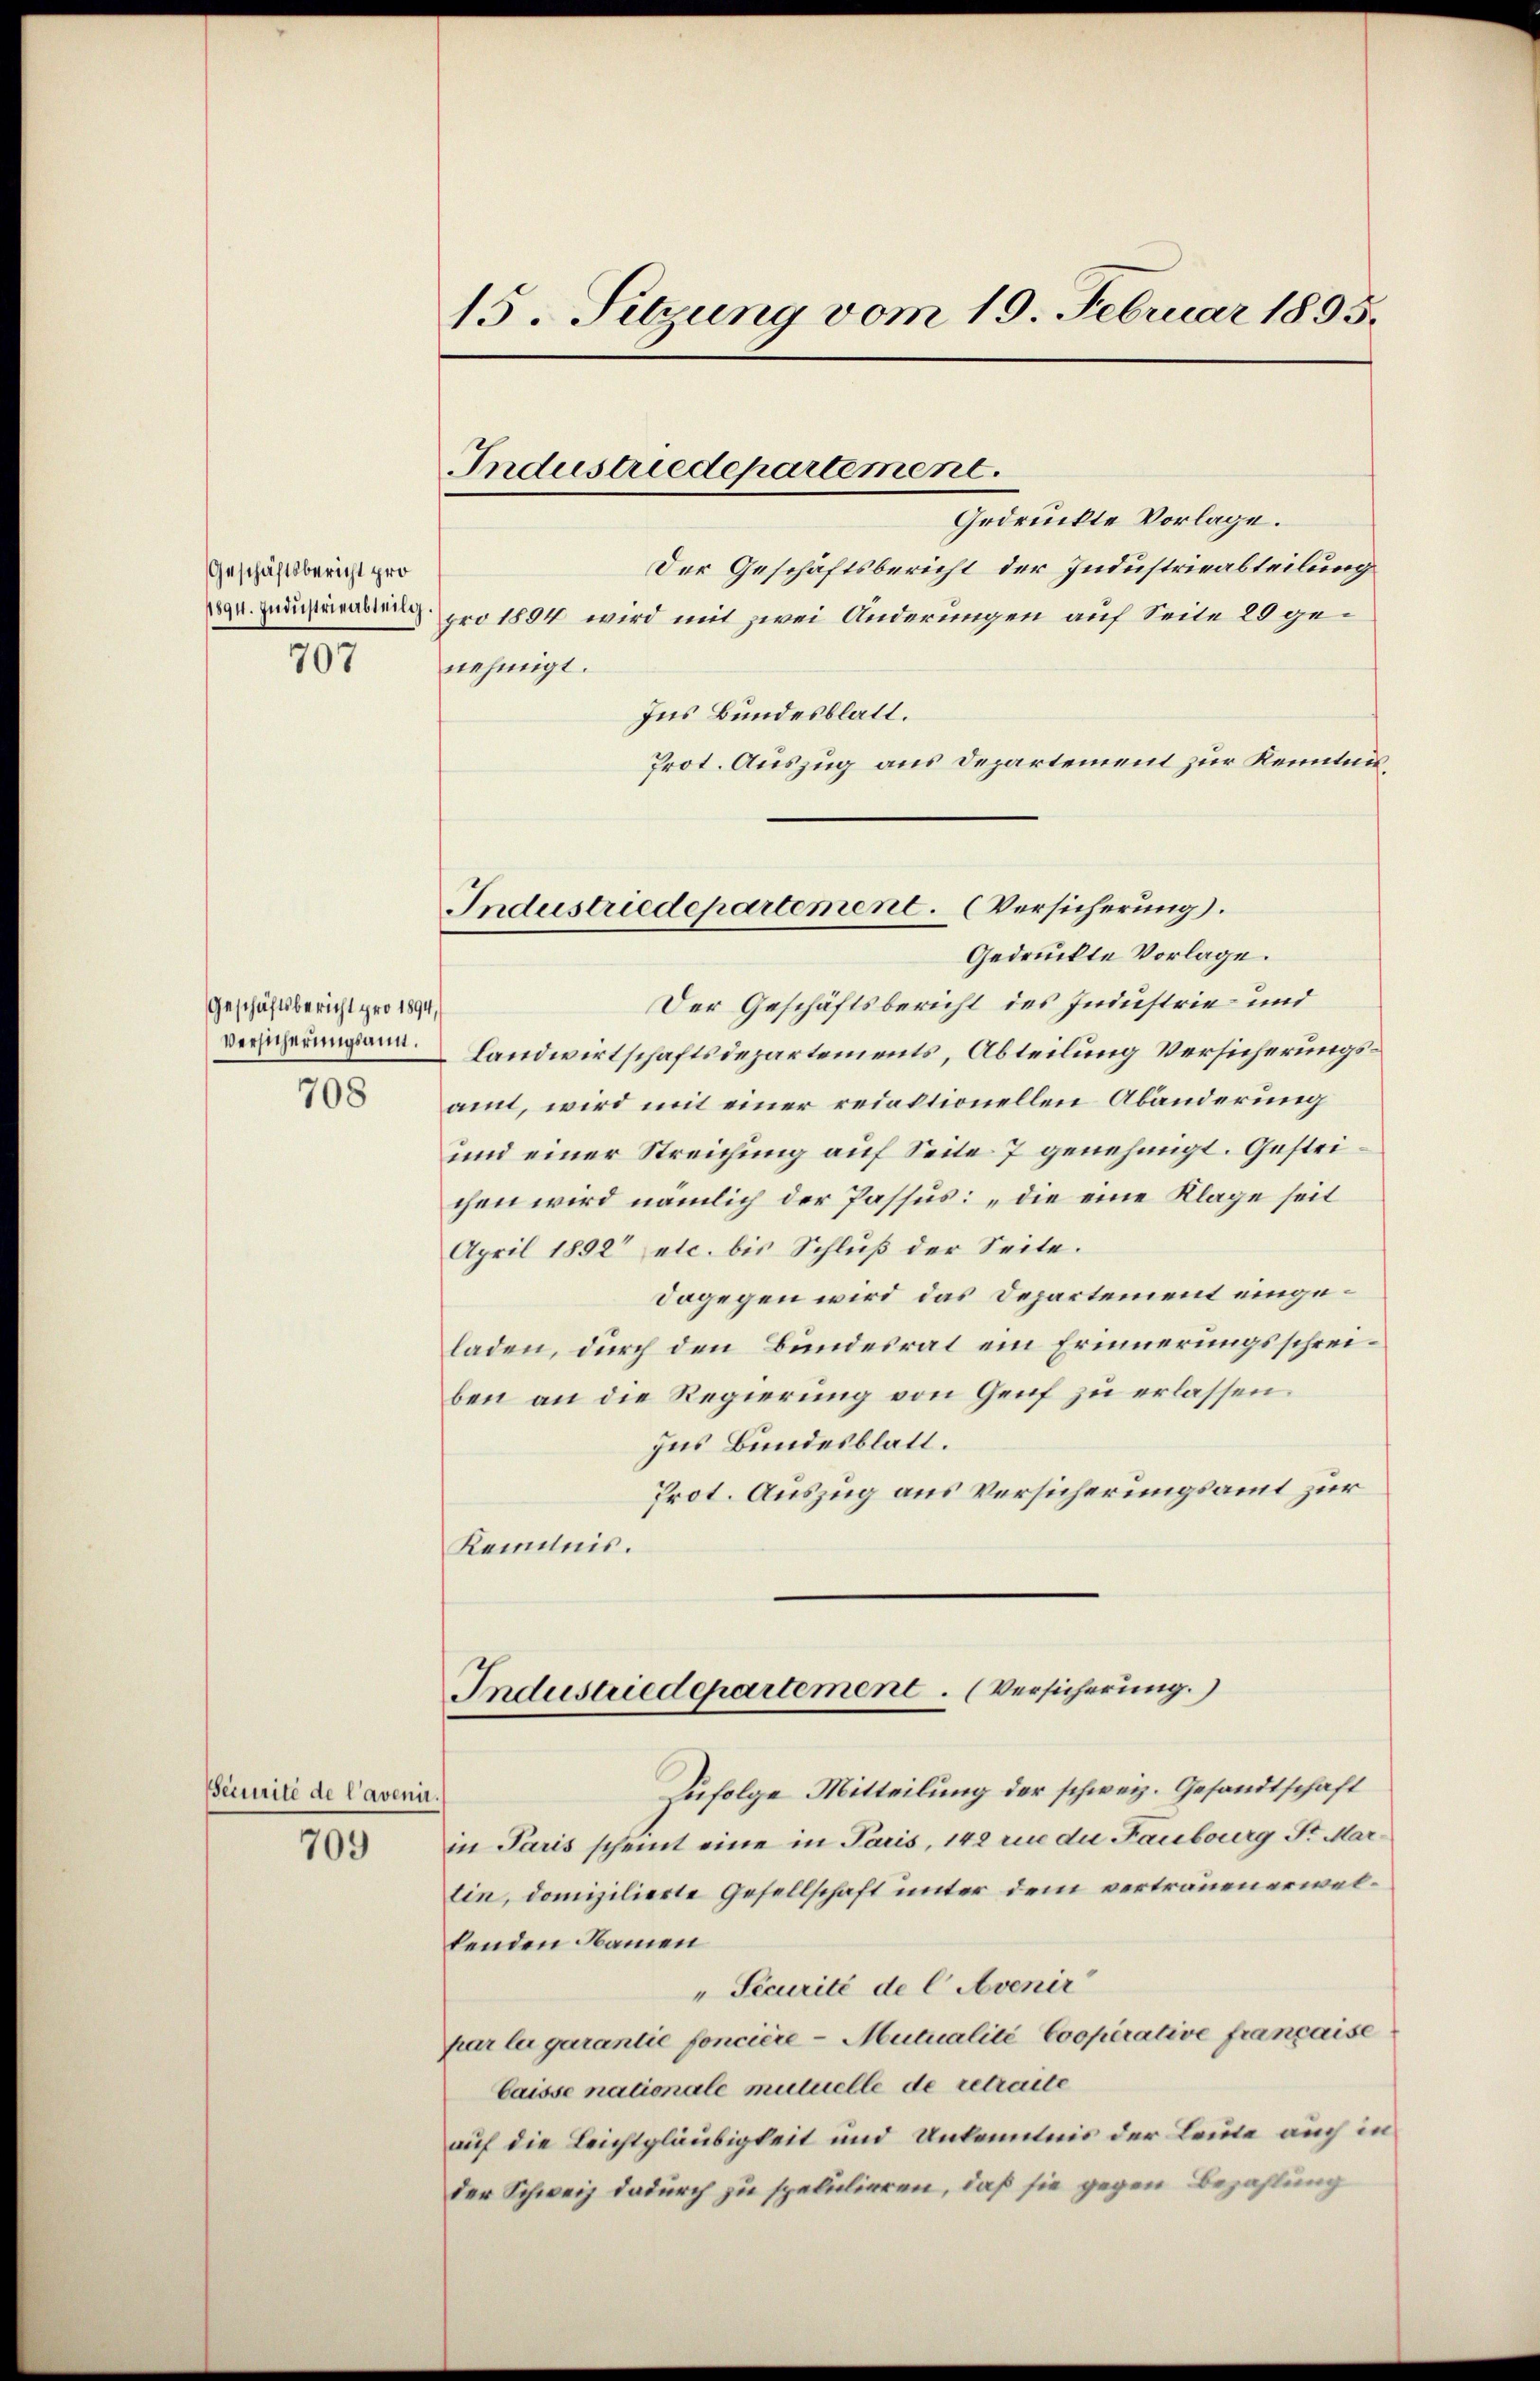
Geschäftsbericht pro
707

Geschäftsbericht pro 1894,
708

Beimité de l’avenir.

709

15. Sitzung vom 19. Februar 1895.

Der Geschäftsbericht der Industrieabteilung
1894 Judicae pro 1894 wird mit zwei Anderungen auf Seite 20 genehmigt.
Ins Bundesblatt.
Prot. Auszug aus Departement zur Kenntnis¬
Der Geschäftsbericht des Industrie- und
 Landwirtschaftsdepartements, Abteilung Versicherungsamt, wird mit einer redaktionellen Abänderung
und einer Streichung auf Seite 7 genehmigt. Gestrichen wird nämlich der Passus: „die eine Klage seit
April 1892 etc. bis Schluß der Seite.
dagegen wird das Departement eingeladen, durch den Bundesrat ein Erinnerungsschreiben an die Regierung von Genf zu erlassen.
zus Bundesblatt.
Prot. Auszug aus Versicherungsamt zur
Kenntnis.

Industriedepartement.
Gedrückte Vorlage.

Industriedepartement. (Versicherung.
Gedruckte Vorlage.

Industriedepartement. (Versicherung.

Zufolge Mitteilung der schweiz. Gesandtschaft
in Paris scheint eine in Paris, 142 mine die Faubourg Sr. Martin, domizilierte Gesellschaft unter dem vertrauenerwalkenden Namen
" Securité de C Avenir
par la garantie foncière-Mutualité Cooperative française
Caisse nationale mutuelle de retraite
auf die Leichtgläubigkeit und Unkenntnis der Leute auch in
der Schweiz dadurch zu speculieren, daß sie gegen Bezahlung